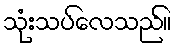
သုံးသပ်လေသည်။